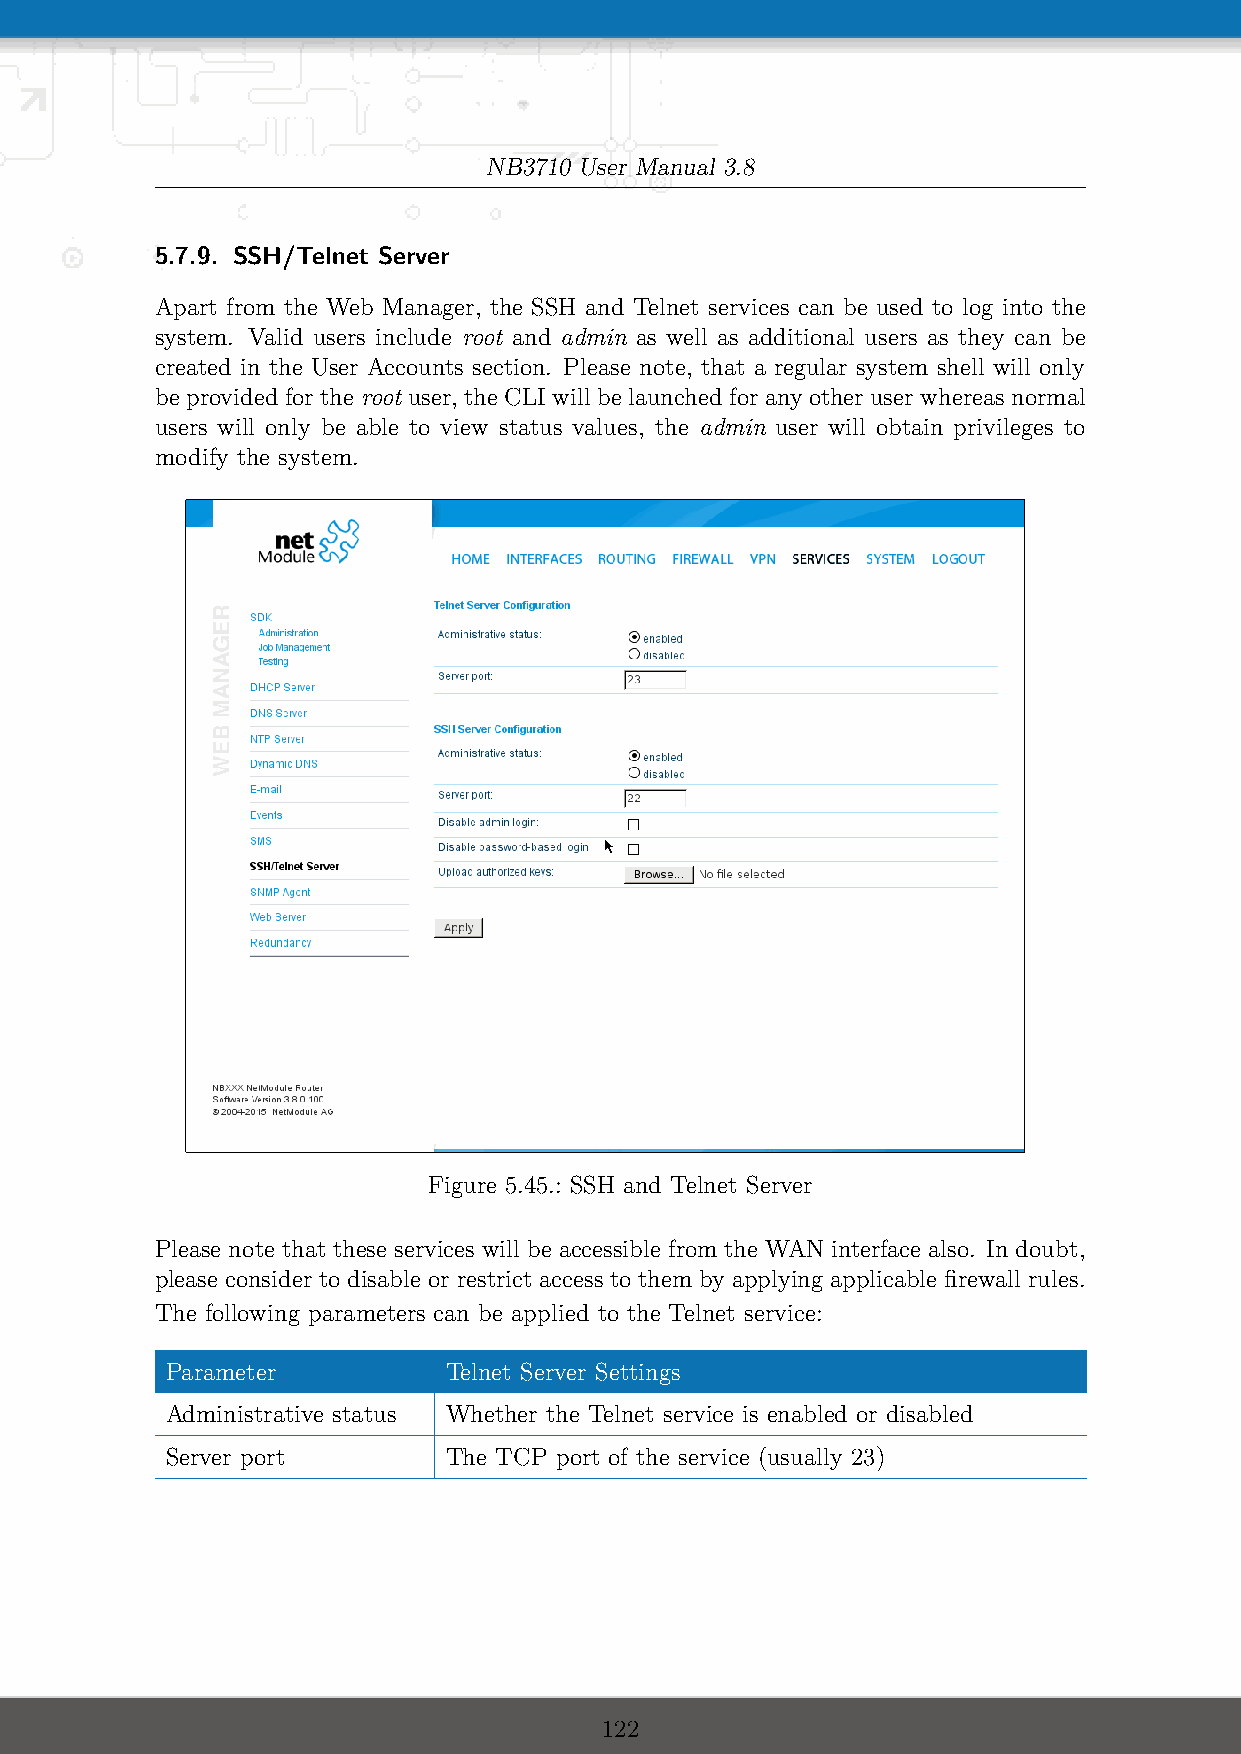
NB3710 User Manual 3.8
 5.7.9. SSH/Telnet Server
 Apart from the Web Manager, the SSH and Telnet services can be used to log into the
 system. Valid users include root and admin as well as additional users as they can be
 created in the User Accounts section. Please note, that a regular system shell will only
 be provided for the root user, the CLI will be launched for any other user whereas normal
 users will only be able to view status values, the admin user will obtain privileges to
 modify the system.
 Figure 5.45.: SSH and Telnet Server
 Please note that these services will be accessible from the WAN interface also. In doubt,
 please consider to disable or restrict access to them by applying applicable firewall rules.
 The following parameters can be applied to the Telnet service:
 Parameter         Telnet Server Settings
 Administrative status Whether the Telnet service is enabled or disabled
 Server port       The TCP port of the service (usually 23)
 122